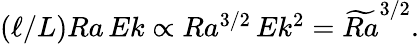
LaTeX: \begin{array}{r}{(\ell/L)Ra\, Ek\propto Ra^{3/2}\, Ek^{2}=\widetilde{Ra}^{3/2}.}\end{array}